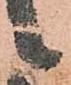
候